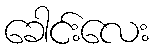
ခေါင်းလေး